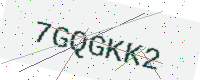
Text: 7GQGKK2